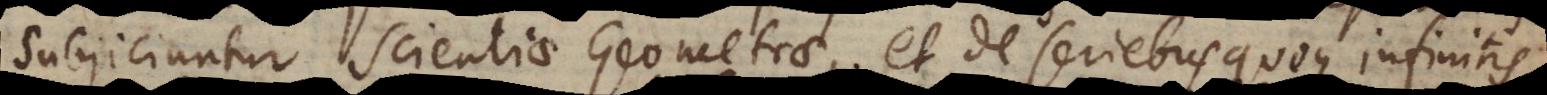
subjiciuntur scientiae Geometrae, et de seriebus quoque infinitis